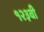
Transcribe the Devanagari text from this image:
१२३वी